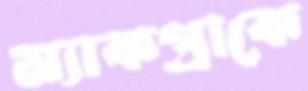
ম্যাকগ্রাকে